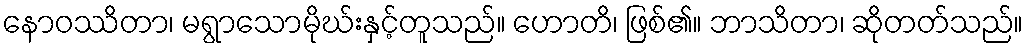
နောဝဿိတာ၊ မရွာသောမိုဃ်းနှင့်တူသည်။ ဟောတိ၊ ဖြစ်၏။ ဘာသိတာ၊ ဆိုတတ်သည်။